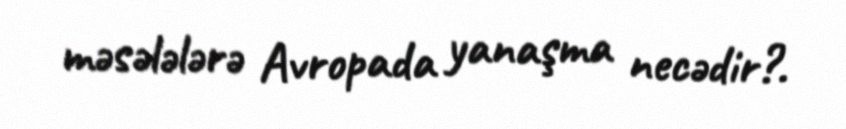
məsələlərə Avropada yanaşma necədir?.